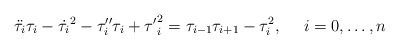
\begin{align*}\ddot{\tau _i}\tau _i-\dot{\tau _i}^2-\tau _i^{\prime \prime }\tau _i+{\tau^{\prime }}_i^2=\tau _{i-1}\tau _{i+1}-\tau _i^2,~~~~i=0,\dots ,n\end{align*}